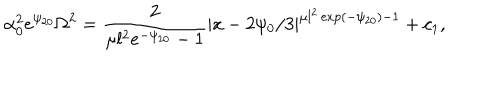
\alpha _ { 0 } ^ { 2 } e ^ { \psi _ { 2 0 } } \Omega ^ { 2 } = \frac { 2 } { \mu l ^ { 2 } e ^ { - \psi _ { 2 0 } } - 1 } | x - 2 \psi _ { 0 } / 3 | ^ { \mu l ^ { 2 } \exp ( - \psi _ { 2 0 } ) - 1 } + c _ { 1 } ,